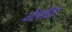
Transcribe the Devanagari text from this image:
येलोवा